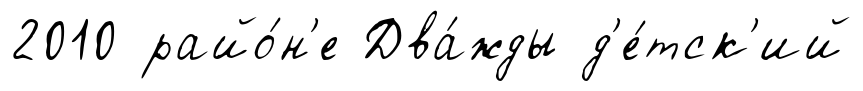
2010 райо́н'е Два́жды д'е́тск'ий